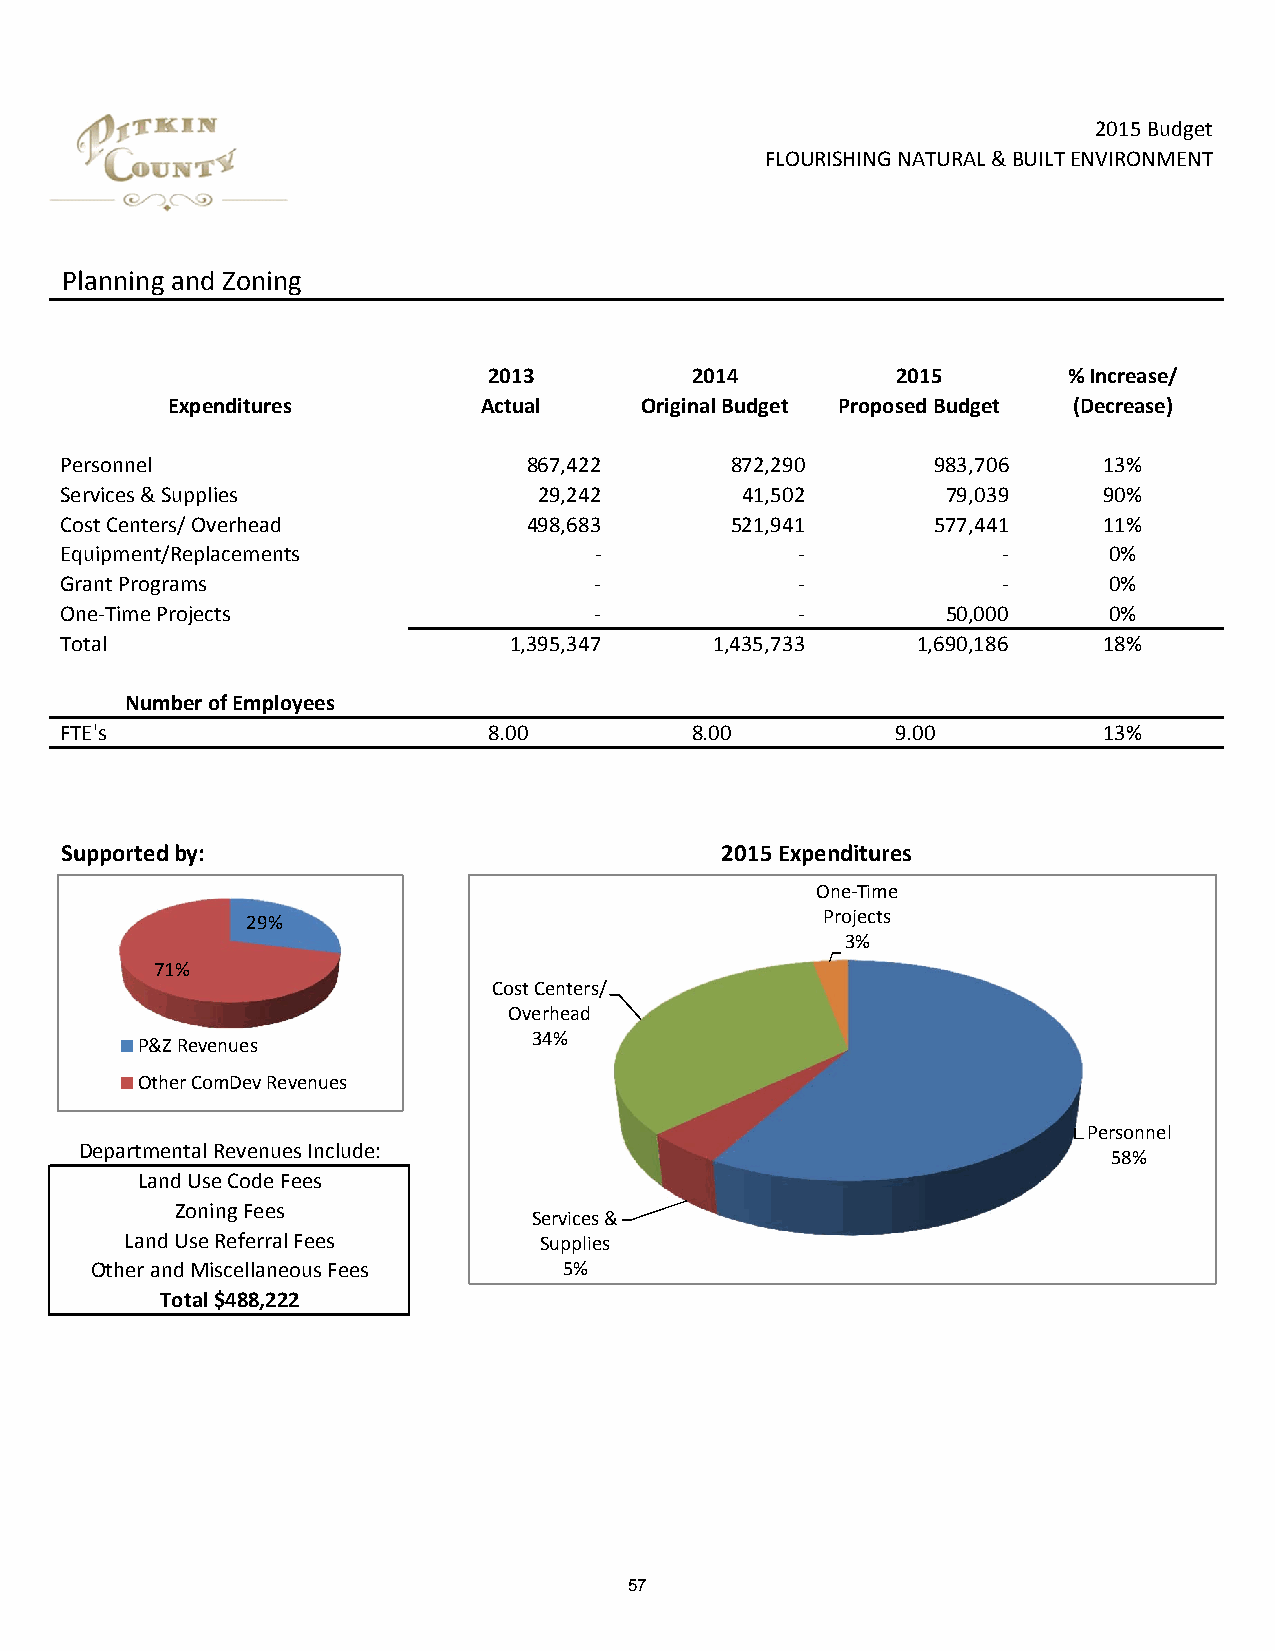
2015 Budget
 FLOURISHING NATURAL & BUILT ENVIRONMENT
 Planning and Zoning
 2013          2014         2015        % Increase/
 Expenditures         Actual    Original Budget Proposed Budget (Decrease)
 Personnel                      867,422      872,290       983,706    13%
 Services & Supplies             29,242       41,502        79,039    90%
 Cost Centers/ Overhead         498,683      521,941       577,441    11%
 Equipment/Replacements             ‐             ‐            ‐      0%
 Grant Programs                     ‐             ‐            ‐      0%
 One‐Time Projects                  ‐             ‐         50,000    0%
 Total                         1,395,347    1,435,733     1,690,186   18%
 Number of Employees
 FTE's                       8.00          8.00         9.00          13%
 Supported by:                               2015 Expenditures
 One‐Time
 29%                                    Projects
 3%
 71%
 Cost Centers/
 Overhead
 34%
 P&Z Revenues
 Other ComDev Revenues
 Personnel
 Departmental Revenues Include:
 58%
 Land Use Code Fees
 Zoning Fees
 Services &
 Land Use Referral Fees      Supplies
 Other and Miscellaneous Fees   5%
 Total $488,222
 57